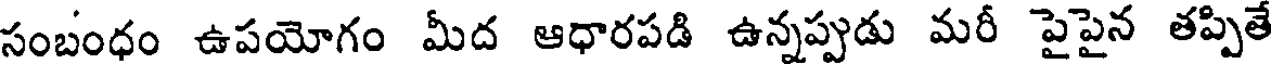
సంబంధం ఉపయోగం మీద ఆధారపడి ఉన్నప్పుడు మరీ పైపైన తప్పితే